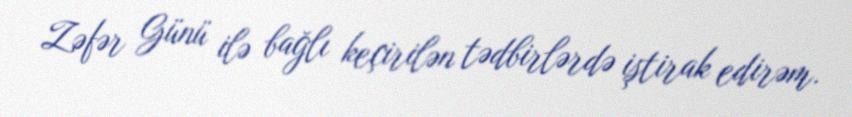
Zəfər Günü ilə bağlı keçirilən tədbirlərdə iştirak edirəm.